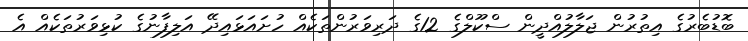
ބޮޑުބެރުގެ އިތުރުން ޖަލާލުއްދީން ސްކޫލްގެ 12ގެ ދަރިވަރުންތަކެއް ހުށައަޅައިދޭ އަލިފާނުގެ ކުޅިވަރުތަކެއް އެ